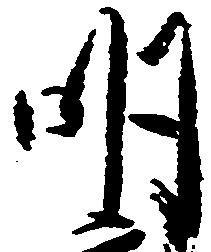
明